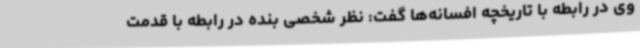
وی در رابطه با تاریخچه افسانه‌ها گفت: نظر شخصی بنده در رابطه با قدمت